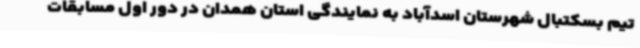
تیم بسکتبال شهرستان اسدآباد به نمایندگی استان همدان در دور اول مسابقات